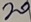
Text: 20